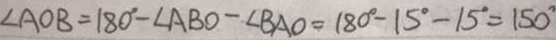
\angle A O B = 1 8 0 ^ { \circ } - \angle A B O - \angle B A O = 1 8 0 ^ { \circ } - 1 5 ^ { \circ } - 1 5 ^ { \circ } = 1 5 0 ^ { \circ }